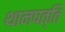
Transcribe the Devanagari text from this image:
थानपत्ति